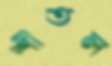
শীতল